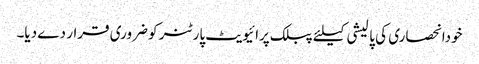
خودانحصاری کی پالیشی کیلئے پبلک پرائیویٹ پارٹنر کو ضروری قرار دے دیا۔